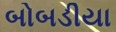
બોબડીયા